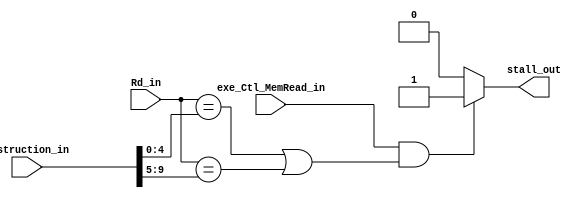
`timescale 1ns / 1ps


//     rs1, rs2      .
module Hazard_detection_unit(
	input exe_Ctl_MemRead_in,	//load 
	input [4:0] Rd_in,
	input [9:0] instruction_in,
	output stall_out
    );
	 
	wire [4:0] Rs1_in = instruction_in[4:0];
	wire [4:0] Rs2_in = instruction_in[9:5];
	 
	assign stall_out = ( exe_Ctl_MemRead_in && (Rd_in == Rs1_in || Rd_in == Rs2_in) ) ? 1:0;


endmodule